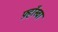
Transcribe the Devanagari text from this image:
फ़्हाँस्वा